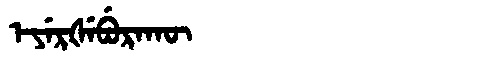
Manchu: ᡝᠶᡝᡵᡧᡝᠪᡠᡵᠠᡴᡡ
Romanization: EYERŠEBURAKŪ